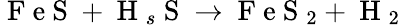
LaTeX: \mathrm{~F~e~S~}+\mathrm{~H~}_{s}\mathrm{~S~}\rightarrow\mathrm{~F~e~S~}_{2}+\mathrm{~H~}_{2}